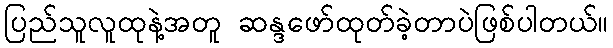
ပြည်သူလူထုနဲ့အတူ ဆန္ဒဖော်ထုတ်ခဲ့တာပဲဖြစ်ပါတယ်။